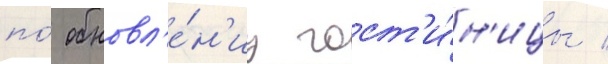
по́ обновл'е́н'иу гост'и́н'ицы /